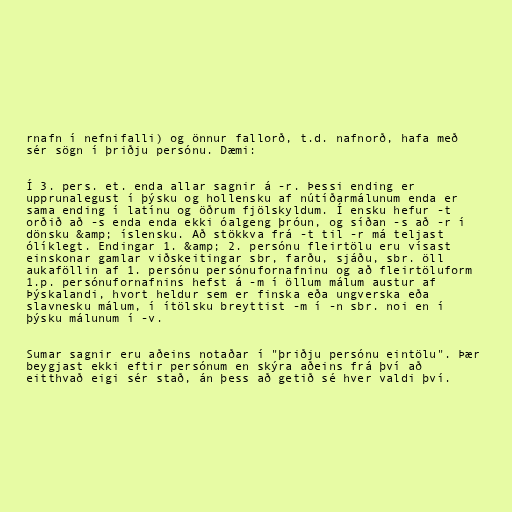
rnafn í nefnifalli) og önnur fallorð, t.d. nafnorð, hafa með
sér sögn í þriðju persónu. Dæmi:

Í 3. pers. et. enda allar sagnir á -r. Þessi ending er
upprunalegust í þýsku og hollensku af nútíðarmálunum enda er
sama ending í latínu og öðrum fjölskyldum. Í ensku hefur -t
orðið að -s enda enda ekki óalgeng þróun, og síðan -s að -r í
dönsku &amp; íslensku. Að stökkva frá -t til -r má teljast
ólíklegt. Endingar 1. &amp; 2. persónu fleirtölu eru vísast
einskonar gamlar viðskeitingar sbr, farðu, sjáðu, sbr. öll
aukaföllin af 1. persónu persónufornafninu og að fleirtöluform
1.p. persónufornafnins hefst á -m í öllum málum austur af
Þýskalandi, hvort heldur sem er finska eða ungverska eða
slavnesku málum, í ítölsku breyttist -m í -n sbr. noi en í
þýsku málunum í -v.

Sumar sagnir eru aðeins notaðar í "þriðju persónu eintölu". Þær
beygjast ekki eftir persónum en skýra aðeins frá því að
eitthvað eigi sér stað, án þess að getið sé hver valdi því.